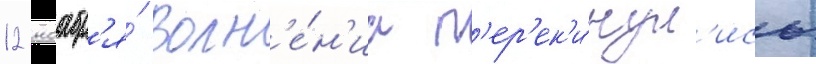
12 ноабр'я́ волн'е́н'иа п'ер'ек'и́нул'ись